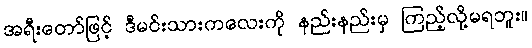
အရီးတော်ဖြင့် ဒီမင်းသားကလေးကို နည်းနည်းမှ ကြည့်လို့မရဘူး။